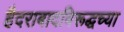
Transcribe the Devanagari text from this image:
हैदराबादविरूद्धच्या